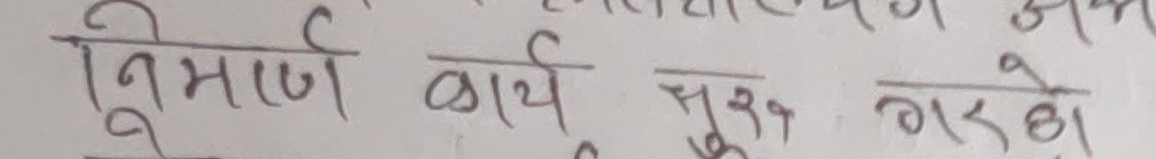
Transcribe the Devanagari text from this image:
निर्माण कार्य शुरू गरियो